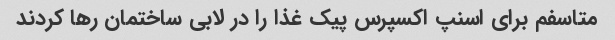
متاسفم برای اسنپ اکسپرس پیک غذا را در لابی ساختمان رها کردند